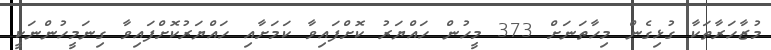
މުޒާހަރާތަކާ ގުޅިގެން މިހާތަނަށް 373 މީހުން ހައްޔަރު ކޮށްފައިވާ ކަމަށާއި ހައްޔަރުކޮށްފައިވާ ގިނަމީހުންނަކީ